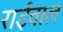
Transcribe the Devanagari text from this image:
राईवाल